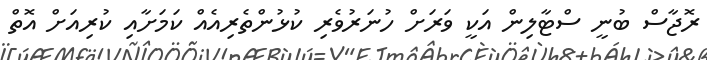
ރޮޖާސް ބުނީ ސްޓާލިން އަކީ ވަރަށް ހުނަރުވެރި ކުޅުންތެރިއެއް ކަމަށާއި ކުރިއަށް އޮތް